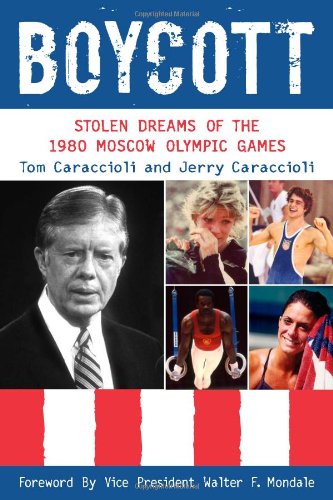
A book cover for Boycott: Stolen Dreams of the 1980 Moscow Olympic Games; Jerry Caraccioli; Sports & Outdoors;